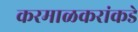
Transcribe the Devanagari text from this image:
करमाळकरांकडे